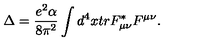
\Delta = \frac { e ^ { 2 } \alpha } { 8 \pi ^ { 2 } } \int d ^ { 4 } x t r F _ { \mu \nu } ^ { * } F ^ { \mu \nu } .